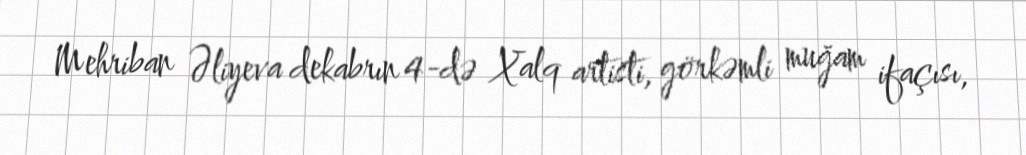
Mehriban Əliyeva dekabrın 4-də Xalq artisti, görkəmli muğam ifaçısı,